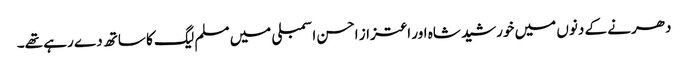
دھرنے کے دنوں میں خورشید شاہ اور اعتزاز احسن اسمبلی میں مسلم لیگ کا ساتھ دے رہے تھے۔